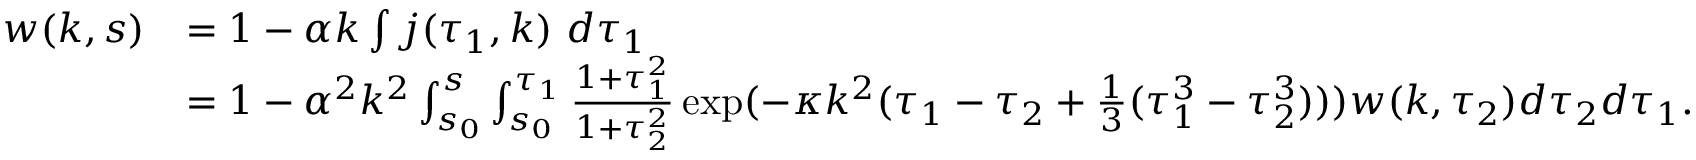
\begin{array} { r l } { w ( k , s ) } & { = 1 - \alpha k \int j ( \tau _ { 1 } , k ) \ d \tau _ { 1 } } \\ & { = 1 - \alpha ^ { 2 } k ^ { 2 } \int _ { s _ { 0 } } ^ { s } \int _ { s _ { 0 } } ^ { \tau _ { 1 } } \frac { 1 + \tau _ { 1 } ^ { 2 } } { 1 + \tau _ { 2 } ^ { 2 } } \exp ( - \kappa k ^ { 2 } ( \tau _ { 1 } - \tau _ { 2 } + \frac 1 3 ( \tau _ { 1 } ^ { 3 } - \tau _ { 2 } ^ { 3 } ) ) ) w ( k , \tau _ { 2 } ) d \tau _ { 2 } d \tau _ { 1 } . } \end{array}